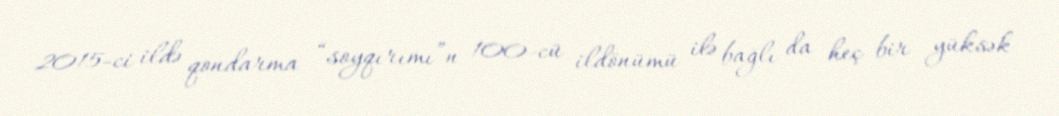
2015-ci ildə qondarma “soyqırımı”n 100-cü ildönümü ilə bağlı da heç bir yüksək